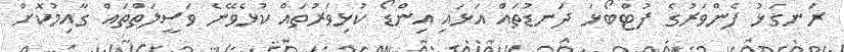
ރަނގަޅު ފެންވަރުގެ ފުޓްބޯޅަ ދަނޑުތައް އަޅައި އިންޑޯ ކުޅިވަރުތައް ކުޅެވޭނެ ވަސީލަތްތައް ގާއިމުކޮށް